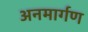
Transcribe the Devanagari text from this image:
अनमार्गण